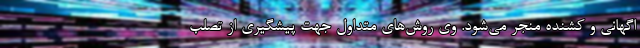
اگهانی و کشنده منجر می‌شود. وی روش‌های متداول جهت پیشگیری از تصلب